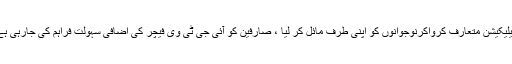
ہفتہ 23 جون 2018 ء)انسٹاگرام نے یوٹیوب طرز کی اپیلیکیشن متعارف کرواکرنوجوانوں کو اپنی طرف مائل کر لیا ، صارفین کو آئی جی ٹی وی فیچر کی اضافی سہولت فراہم کی جارہی ہے،صارف انسٹگرام پر اپنا چینل بھی ترتیب دے سکتا ہے۔